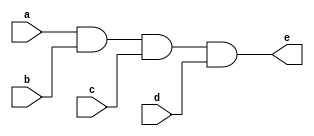
module and4(
  a,
  b,
  c,
  d,
  e);

input wire a;
input wire b;
input wire c;
input wire d;
output wire e;

assign e = a & b & c & d;

endmodule